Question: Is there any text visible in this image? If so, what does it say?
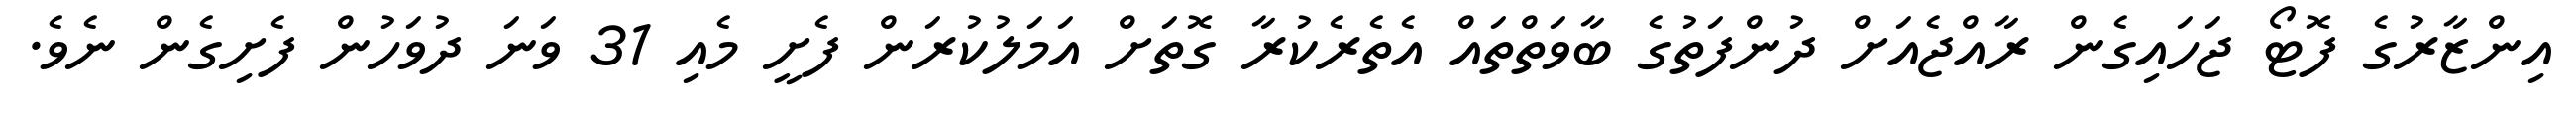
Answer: އިންޒާރުގެ ފޮޓޯ ޖަހައިގެން ރާއްޖެއަށް ދުންފަތުގެ ބާވަތްތައް އެތެރެކުރާ ގޮތަށް އަމަލުކުރަން ފެށީ މެއި 31 ވަނަ ދުވަހުން ފެށިގެން ނެވެ.